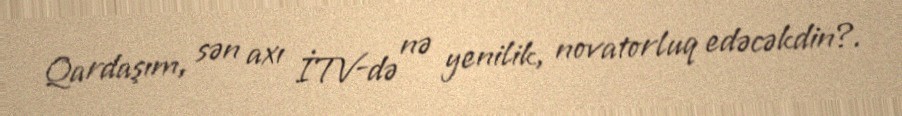
Qardaşım, sən axı İTV-də nə yenilik, novatorluq edəcəkdin?.